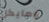
ومايكل